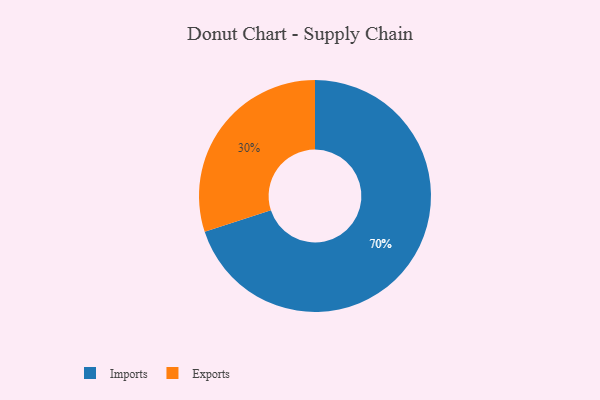
{"axis": {"x": "Category", "y": "Percentage"}, "legend": ["Exports", "Imports"], "data": [{"x": "Exports", "y": 30, "type": "Exports"}, {"x": "Imports", "y": 70, "type": "Imports"}]}